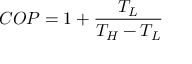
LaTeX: \ C O P = 1 + { \frac { T _ { L } } { T _ { H } - T _ { L } } }